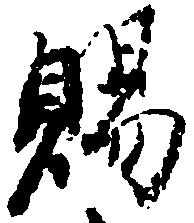
賜